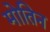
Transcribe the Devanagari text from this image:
मोतिन